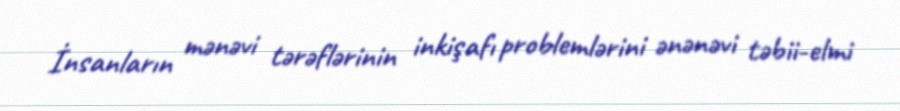
İnsanların mənəvi tərəflərinin inkişafı problemlərini ənənəvi təbii-elmi